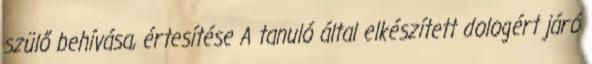
szülő behívása, értesítése A tanuló által elkészített dologért járó